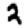
Digit: 2